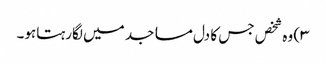
۳) وہ شخص جس کا دل مساجد میں لگارہتاہو۔